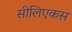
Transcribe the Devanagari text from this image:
सीलिएकस